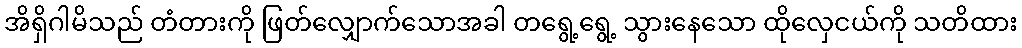
အိရှိဂါမိသည် တံတားကို ဖြတ်လျှောက်သောအခါ တရွေ့ရွေ့ သွားနေသော ထိုလှေငယ်ကို သတိထား